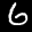
Label: 6